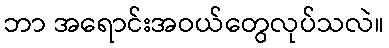
ဘာ အရောင်းအဝယ်တွေလုပ်သလဲ။